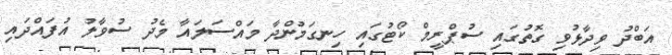
އަބްދު ވިދާޅުވި ގޮތުގައި ސުޕްރީމް ކޯޓުގައި ހިނގަމުންދާ މައްސަލައާ މެދު ސުވާލު އުފައްދައި